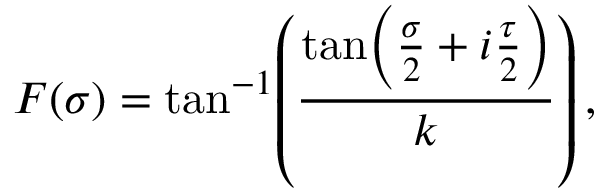
F ( \sigma ) = \tan ^ { - 1 } \! \left( \frac { { \tan \! \left( \frac { \sigma } { 2 } + i \frac { \tau } { 2 } \right) } } { k } \right) ,